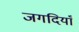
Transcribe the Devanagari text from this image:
जगदियाँ